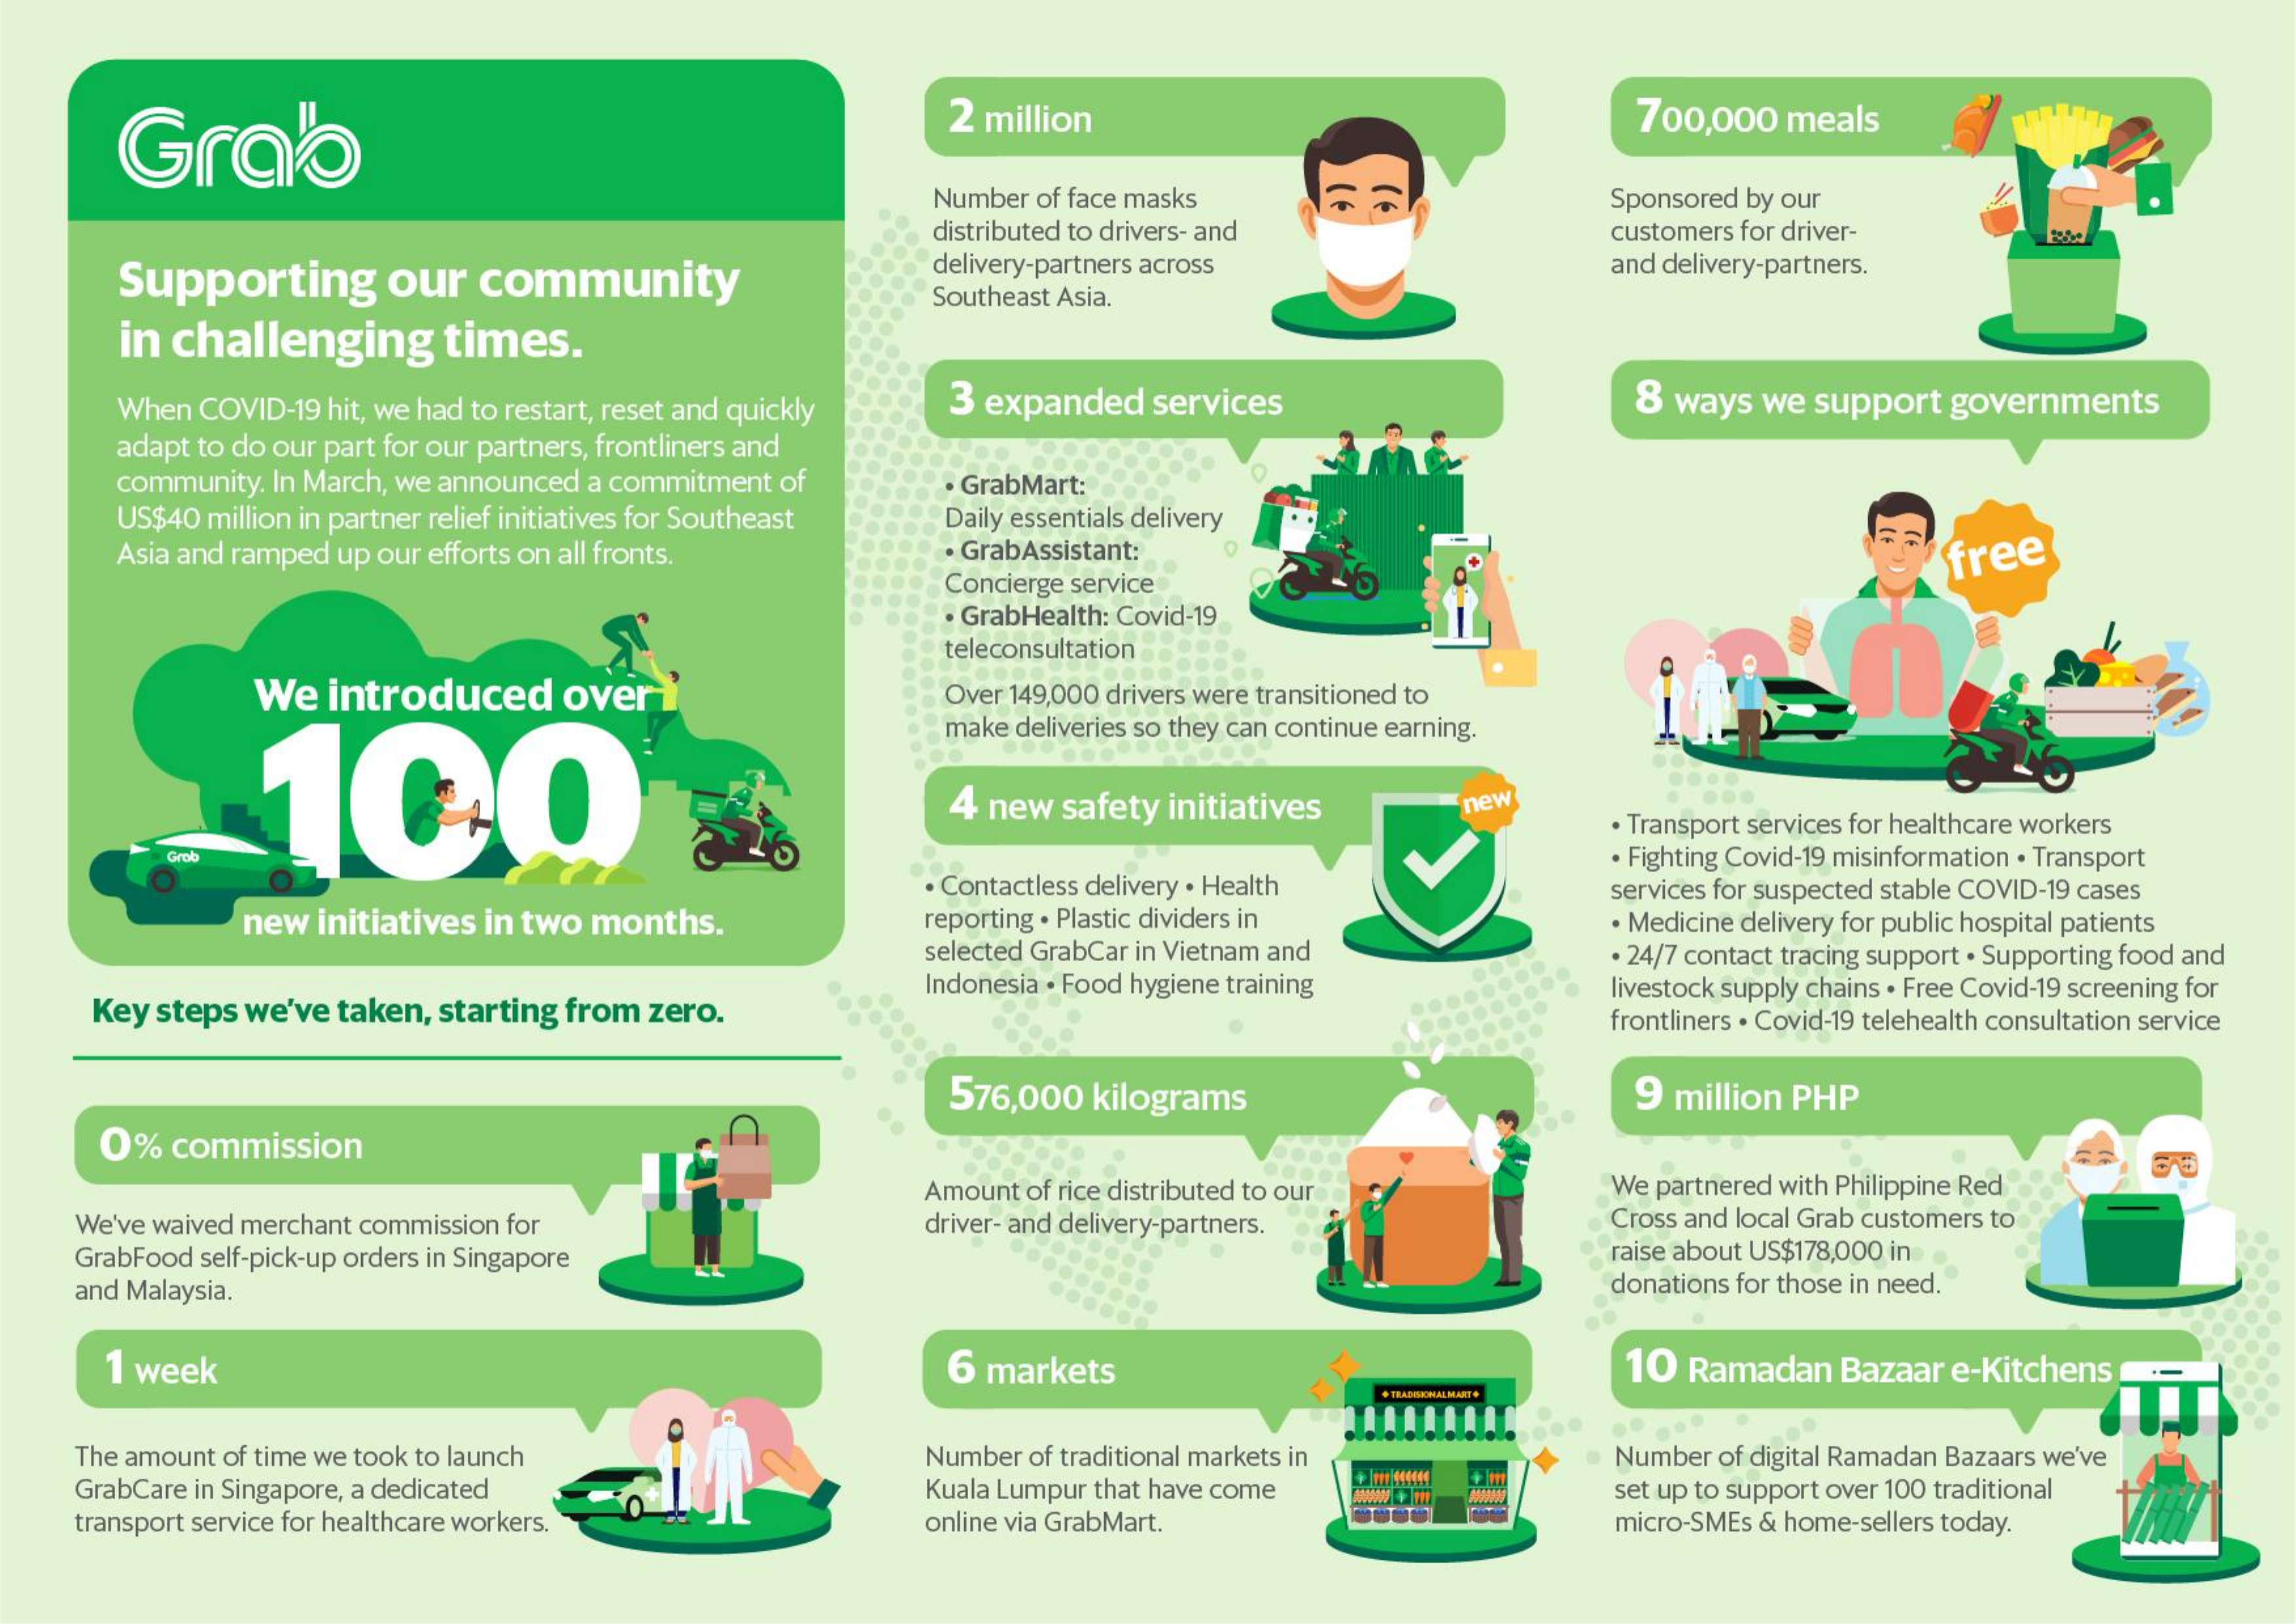
Grab
     2 million    700,000 meals
     Number of face masks    Sponsored by our
     distributed to drivers- and   customers for driver-
     Supporting  our community
     delivery-partners across    and delivery-partners.
     Southeast Asia.
     in challenging times.
     When COVID-19 hit, we had to restart, reset and quickly 3 expanded services 8 ways we support governments
     adapt to do our part for our partners, frontliners and
     community. In March, we announced a commitment of · GrabMart:
     US$40 million in partner relief initiatives for Southeast Daily essentials delivery
     Asia and ramped up our efforts on all fronts. . GrabAssistant:    free
     Concierge service
     . GrabHealth: Covid-19
     teleconsultation
     We introduced overì    Over 149,000 drivers were transitioned to
     1CO
     make deliveries so they can continue earning.
     4 new safety initiatives new
     · Transport services for healthcare workers
     Grob
     · Contactless delivery . Health
     . Fighting Covid-19 misinformation . Transport
     new initiatives in two months. reporting . Plastic dividers in
     services for suspected stable COVID-19 cases
     · Medicine delivery for public hospital patients
     selected GrabCar in Vietnam and
     Key steps we've taken, starting from zero.
     Indonesia . Food hygiene training
     . 24/7 contact tracing support . Supporting food and
     livestock supply chains . Free Covid-19 screening for
     frontliners . Covid-19 telehealth consultation service
     576,000 kilograms    9 million PHP
     0% commission
     Amount of rice distributed to our We partnered with Philippine Red
    We've waived merchant commission for  driver- and delivery-partners. Cross and local Grab customers to
    GrabFood self-pick-up orders in Singapore    raise about US$178,000 in.
    and Malaysia.    donations for those in need.
     1 week    6 markets    10 Ramadan Bazaar e-Kitchens
     + TEABSICHLAS MARTO
    The amount of time we took to launch  Number of traditional markets in
    GrabCare in Singapore, a dedicated    Kuala Lumpur that have come
     Number of digital Ramadan Bazaars we've
    transport service for healthcare workers. online via GrabMart.
     set up to support over 100 traditional
     micro-SMEs & home-sellers today.